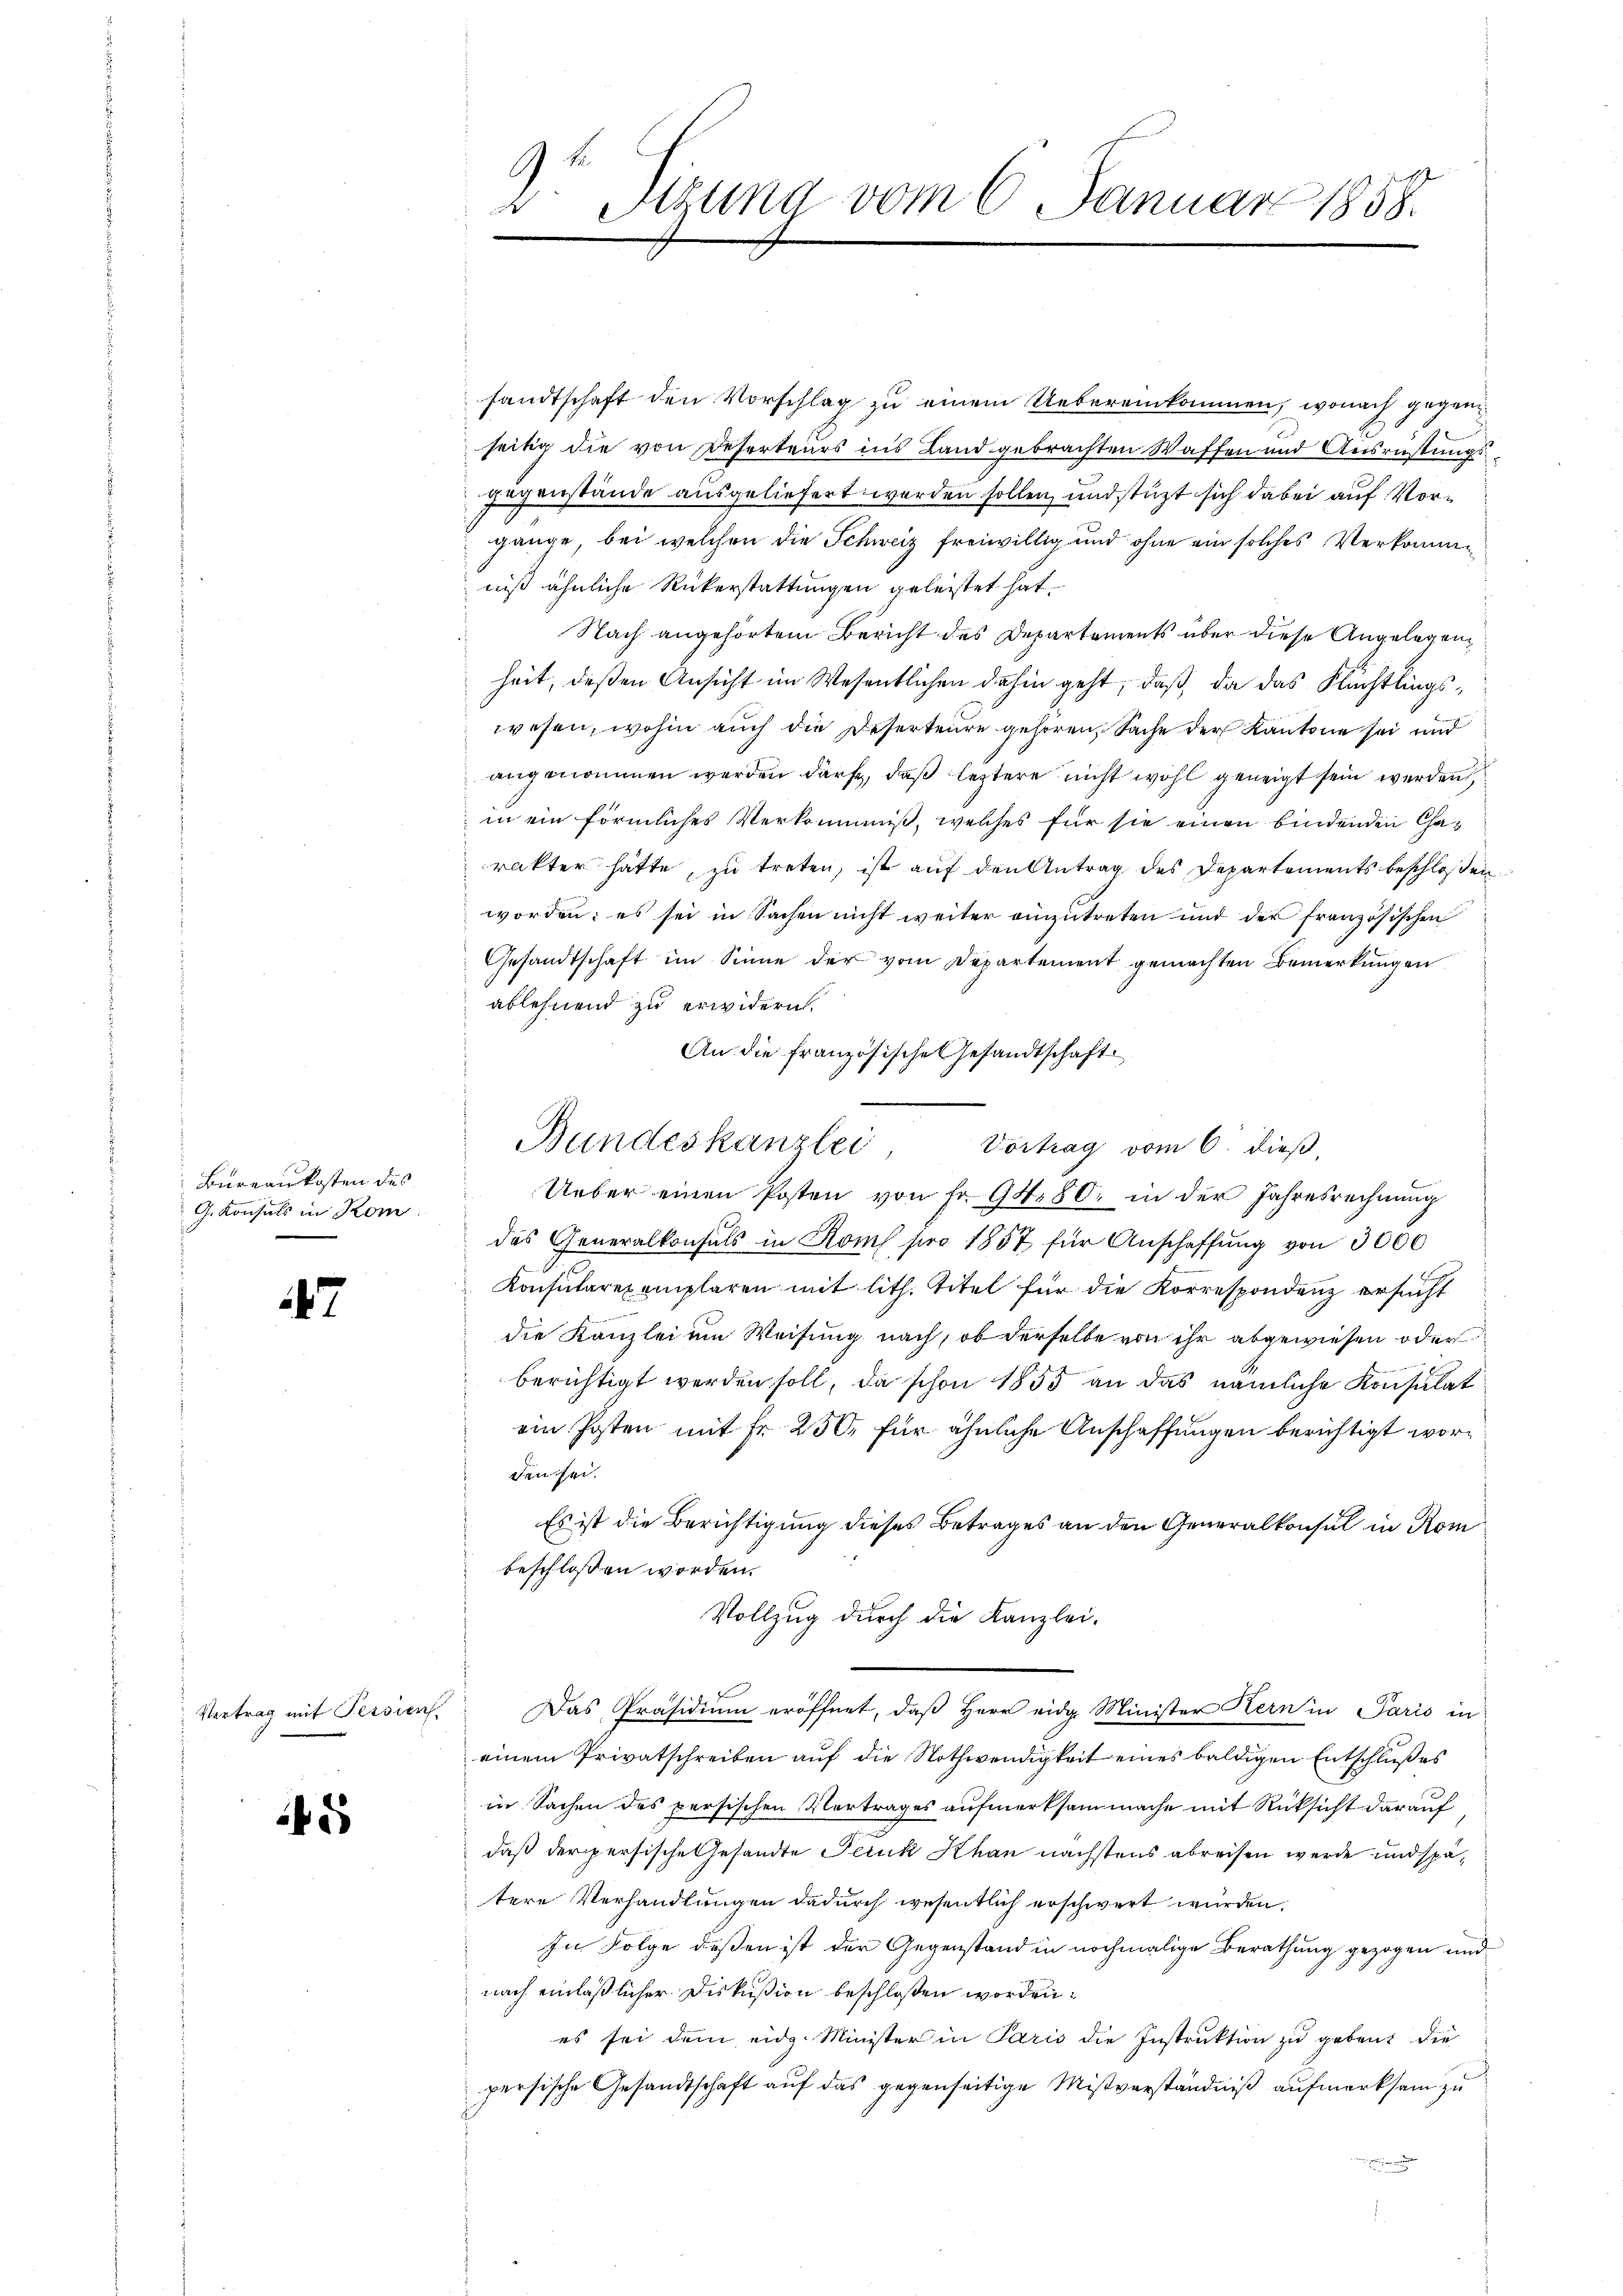
Büreaukosten des
G. Konsuls in Kom

47

Vertrag mit Pessier

2

Sigung vom 6. Januar 1858.

sandtschaft den Vorschlag zu einem Uebereinkommen, wonach gegene
seitig die von Deserteurs ins Land gebrachten Waffen und Ausrüstungsgegenstände ausgeliefert werden sollen, und stüzt sich dabei auf Vorgange, bei welchen die Schweiz freiwillig und ohne ein solches Verkommniß ähnliche Rükerstattungen geleistet hat.
Nach angehörtem Bericht des Departements über diese Angelegen,
heit, deßen Ansicht im Wesentlichen dahin geht, daß da das Flüchtlingswesen, wohin auch die Deserteure gehören, Sache der Kantone sei und
angenommen werden dürfe, daß leztere nicht wohl geneigt sein werden,
in ein förmliches Verkommiß, welches für sie einen bindenden Charakter hätte, zu treten, ist auf den Antrag des Departements beschloßen
worden: es sei in Sachen nicht weiter einzutreten und der französischen
Gesandtschaft im Sinne der vom Departement gemachten Bemerkungen
ablehnend zu erwidern.
An die französische Gesandtschaft
Ueber einen Posten von Fr. 94. 80. in der Jahresrechnung
das Generalkonsuls in Roms pro 1857 für Anschaffŭng von 3000
Konsularexemplaren mit lith. Titel für die Korrespondenz ersucht
die Kanzlei um Weisung nach, ob derselbe von ihr abgewiesen oder
berichtigt werden soll, da schon 1855 an das nämliche Konsulat
ein Posten mit Fr. 250 für ähnliche Anschaffungen berichtigt worden sei.
Es ist die Berichtigung dieses Betrages an den Generalkonsul in Rom
beschlossen worden.
Vollzug durch die Kanzlei-
Das Präsidium eröffnet, daß Herr eidg. Minister Hern in Paris in
einem Privatschreiben auf die Nothwendigkeit eines baldigen Entschlußes
in Sachen des persischen Vertrages aufmerksam mache mit Rücksicht darauf
daß der persische Gesandte Peruk Khan nächstens abreisen werde und spätere Verhandlungen dadurch wesentlich erschwert wurden.
In Folge deßen ist der Gegenstand in nochmalige Berathung gezogen und
nach einläßlicher Diskußion beschloßen worden.
es sei dem eidg. Minister in Paris die Instruktion zu gebent die
persische Gesandtschaft auf das gegenseitige Mißverständniß aufmerksam zu

Bundeskanzlei, Vortrag vom 6. dieβ